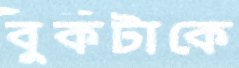
বুকটাকে